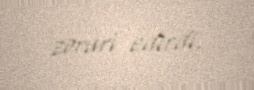
zəruri edirdi.